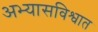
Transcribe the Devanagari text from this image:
अभ्यासविश्वात